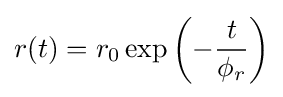
r(t)={r_{0}}\exp \left({-{t \over {\phi _{r}}}}\right)